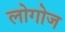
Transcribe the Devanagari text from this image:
लोगोज